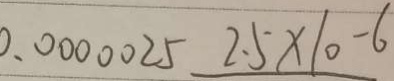
0 . 0 0 0 0 0 2 5 2 . 5 \times 1 0 ^ { - 6 }